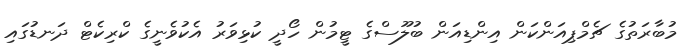
މުބާރަތުގެ ޗެމްޕިއަންކަން އިންޑިއަން ބުލޫސްގެ ޓީމުން ހޯދީ ކުޅިވަރު އެކުވެނީގެ ކްރިކެޓް ދަނޑުގައި